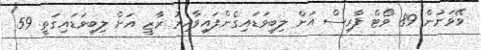
ވޭވަށުން 89 ވޯޓް ފާރިސް އަށް ލިބިވަޑައިގެންފައިވާއިރު ރާޒީ އަށް ލިބިވަޑައިގަތީ 59